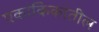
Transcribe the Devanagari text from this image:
एकांकिकांतील